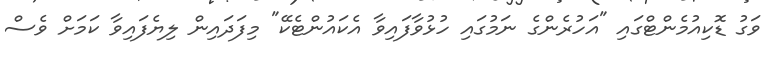
ވަގު ޑޮކިއުމެންޓްގައި "އަހުރެންގެ ނަމުގައި ހުޅުވާފައިވާ އެކައުންޓެކޭ" މިފަދައިން ލިޔެފައިވާ ކަމަށް ވެސް